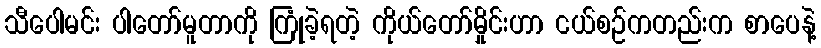
သီပေါမင်း ပါတော်မူတာကို ကြုံခဲ့ရတဲ့ ကိုယ်တော်မှိုင်းဟာ ငယ်စဉ်ကတည်းက စာပေနဲ့